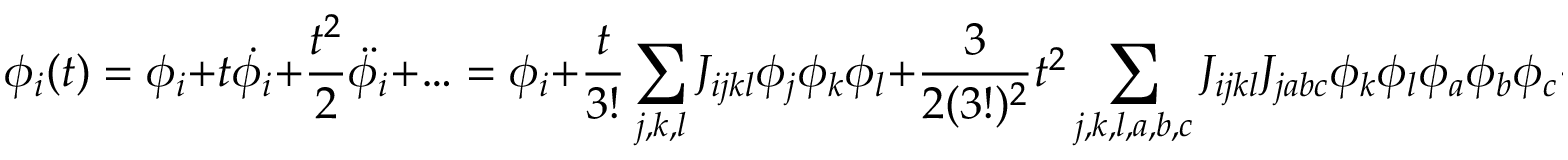
\phi _ { i } ( t ) = \phi _ { i } + t \dot { \phi _ { i } } + \frac { t ^ { 2 } } { 2 } \ddot { \phi _ { i } } + \ldots = \phi _ { i } + \frac { t } { 3 ! } \sum _ { j , k , l } J _ { i j k l } \phi _ { j } \phi _ { k } \phi _ { l } + \frac { 3 } { 2 ( 3 ! ) ^ { 2 } } t ^ { 2 } \sum _ { j , k , l , a , b , c } J _ { i j k l } J _ { j a b c } \phi _ { k } \phi _ { l } \phi _ { a } \phi _ { b } \phi _ { c } + \ldots ~ .